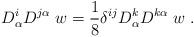
LaTeX: \begin{align*} D^i_\alpha D^{j\alpha} \; w = {1\over 8}\delta^{ij} D^k_\alpha D^{k\alpha} \; w \;.\end{align*}